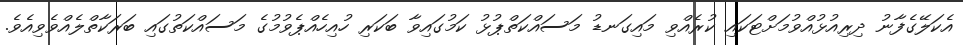
އެކަލޭގެފާނު ދިރިއުޅުއްވުމަށްޓަކައި ކުރެއްވި މައިގަނޑު މަސައްކަތްޕުޅު ކަމުގައިވާ ބަކަރި ހުއިހެއްޕެވުމުގެ މަސައްކަތުގައި ބަރަކާތްލެއްވެވިއެވެ.